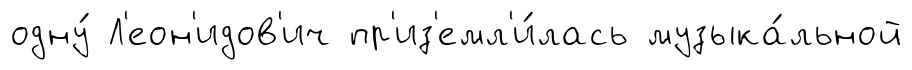
одну́ Л'еон'идов'ич пр'из'емл'и́лась музыка́льной